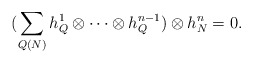
\begin{align*}(\sum_{Q(N)} h_Q^1\otimes \cdots \otimes h_Q^{n-1}) \otimes h_N^n=0.\end{align*}